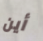
أين